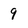
Character: 9